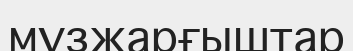
мұзжарғыштар